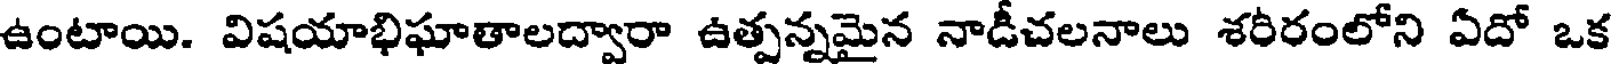
ఉంటాయి. విషయాభిఘాతాలద్వారా ఉత్పన్నమైన నాడీచలనాలు శరీరంలోని ఏదో ఒక